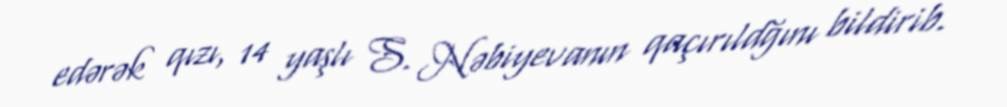
edərək qızı, 14 yaşlı S. Nəbiyevanın qaçırıldğını bildirib.